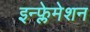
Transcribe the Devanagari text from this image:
इन्फ्लेमेशन